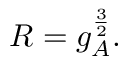
R = g _ { A } ^ { \frac { 3 } { 2 } } .